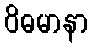
ဝိဓမာနာ